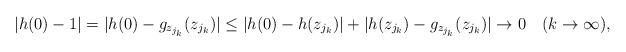
LaTeX: \begin{align*}|h(0)-1|=|h(0)-g_{z_{j_k}}(z_{j_k})|\leq|h(0)-h(z_{j_k})|+|h(z_{j_k})-g_{z_{j_k}}(z_{j_k})|\rightarrow0\ \ \ (k\rightarrow\infty),\end{align*}